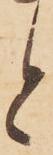
と